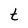
Character: t